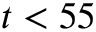
t < 5 5